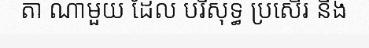
តា ណាមួយ ដែល បរិសុទ្ធ ប្រសើរ និង